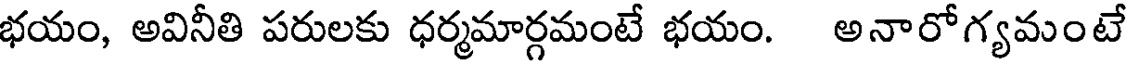
భయం, అవినీతి పరులకు ధర్మమార్గమంటే భయం. అనారోగ్యమంటే